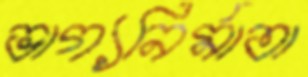
ভাগ্যনির্মাতা